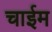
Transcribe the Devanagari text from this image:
चाईम